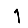
Digit: 1